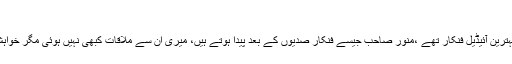
(خبر جاری ہے)
انہوں نے کہا کہ منور ظریف، معین اختر میرے بہترین آئیڈیل فنکار تھے ،منور صاحب جیسے فنکار صدیوں کے بعد پیدا ہوتے ہیں، میری ان سے ملاقات کبھی نہیں ہوئی مگر خواہش ہے کہ مرنے کے بعد ان سے ملاقات ہوجائے ۔